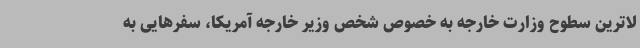
لاترین سطوح وزارت خارجه به خصوص شخص وزیر خارجه آمریکا، سفرهایی به